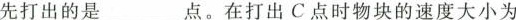
先打出的是___点。在打出C点时物块的速度大小为